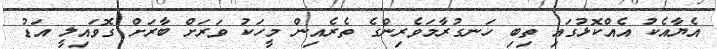
އެޔާއެކު އެއްކޮޅުގައި ތިބި ހަނގުރާމަވެރިންގެ ތެރެއިން މީހަކު ވަރަށް ބާރަށް ގޮވައިލީ އަޑު